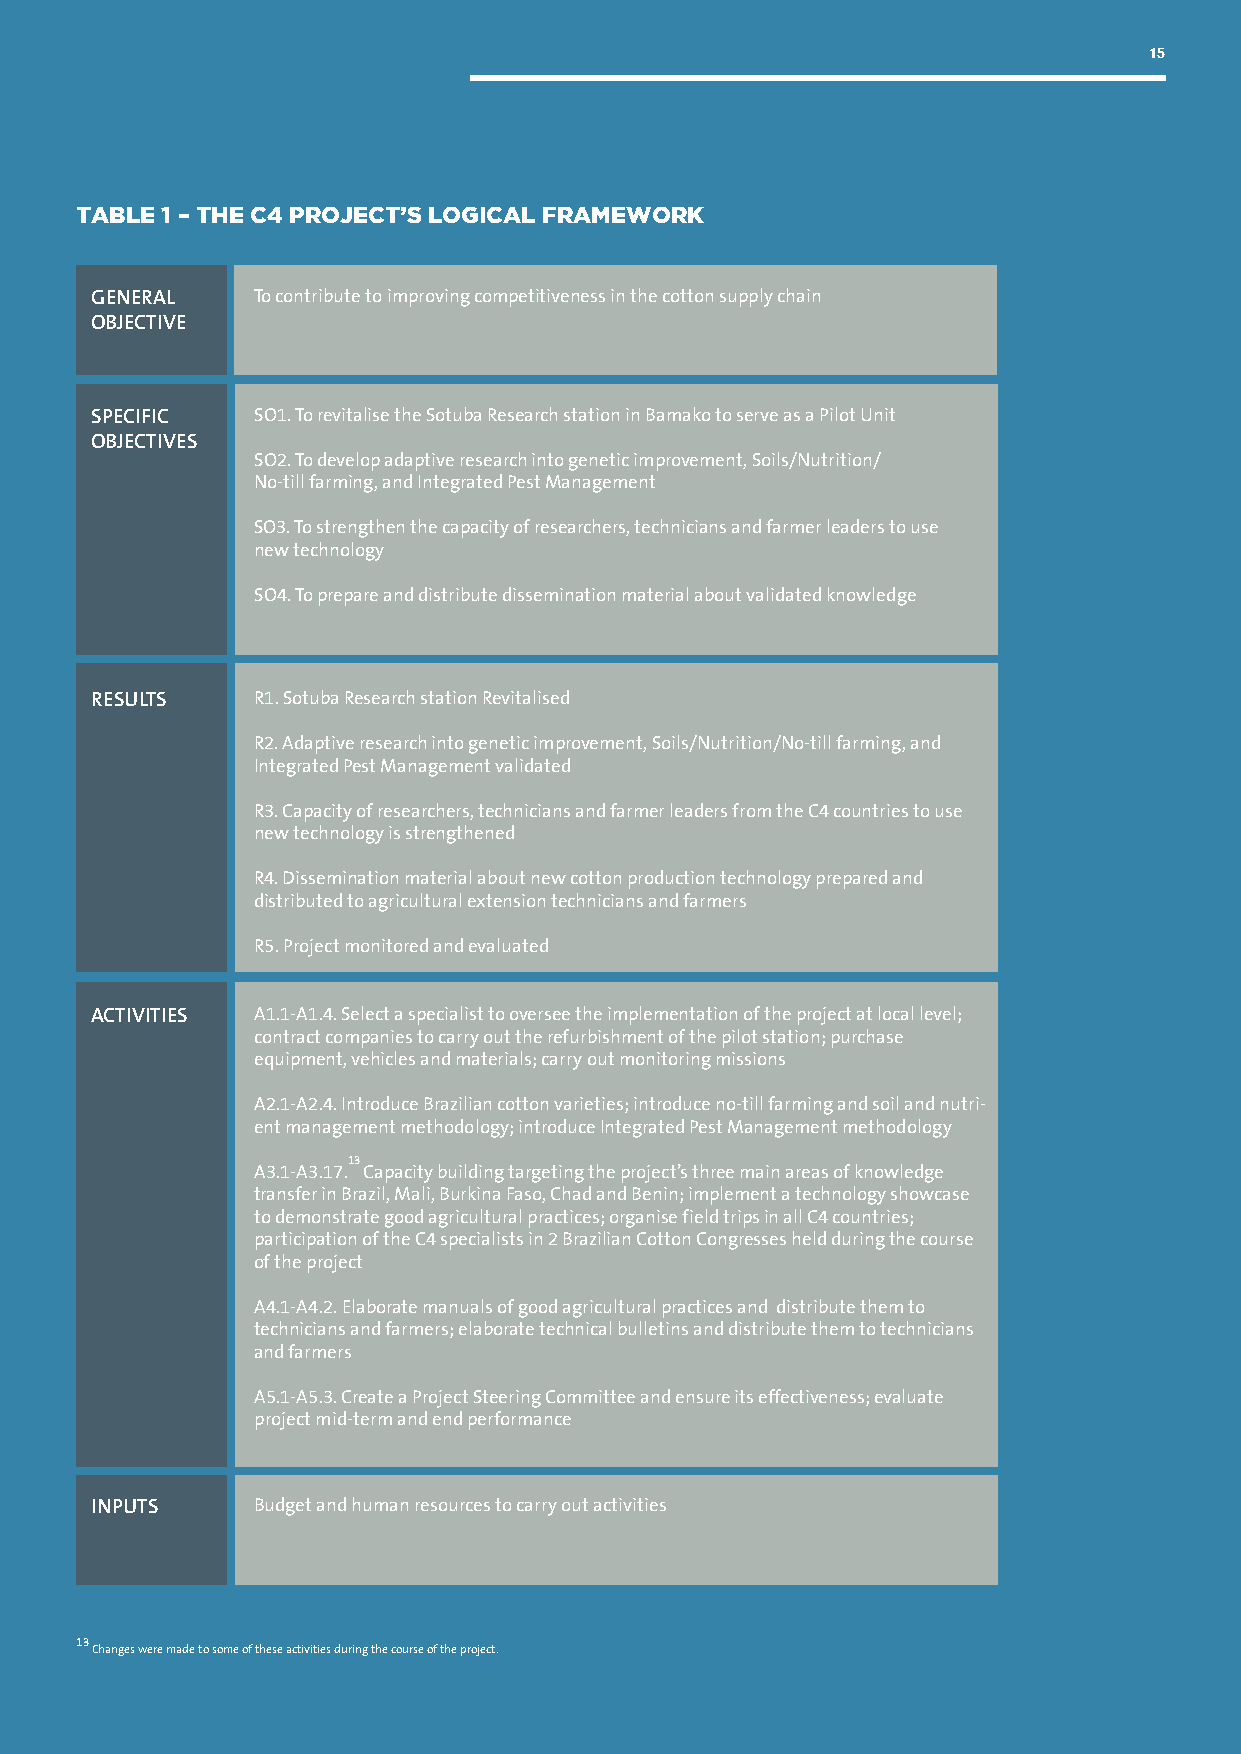
15
 TABLE 1 – THE C4 PROJECT’S LOGICAL FRAMEWORK
 GENERAL    To contribute to improving competitiveness in the cotton supply chain
 OBJECTIVE
 SPECIFIC   SO1. To revitalise the Sotuba Research station in Bamako to serve as a Pilot Unit
 OBJECTIVES
 SO2. To develop adaptive research into genetic improvement, Soils/Nutrition/
 No-till farming, and Integrated Pest Management
 SO3. To strengthen the capacity of researchers, technicians and farmer leaders to use
 new technology
 SO4. To prepare and distribute dissemination material about validated knowledge
 RESULTS    R1. Sotuba Research station Revitalised
 R2. Adaptive research into genetic improvement, Soils/Nutrition/No-till farming, and
 Integrated Pest Management validated
 R3. Capacity of researchers, technicians and farmer leaders from the C4 countries to use
 new technology is strengthened
 R4. Dissemination material about new cotton production technology prepared and
 distributed to agricultural extension technicians and farmers
 R5. Project monitored and evaluated
 ACTIVITIES A1.1-A1.4. Select a specialist to oversee the implementation of the project at local level;
 contract companies to carry out the refurbishment of the pilot station; purchase
 equipment, vehicles and materials; carry out monitoring missions
 A2.1-A2.4. Introduce Brazilian cotton varieties; introduce no-till farming and soil and nutri-
 ent management methodology; introduce Integrated Pest Management methodology
 13
 A3.1-A3.17. Capacity building targeting the project’s three main areas of knowledge
 transfer in Brazil, Mali, Burkina Faso, Chad and Benin; implement a technology showcase
 to demonstrate good agricultural practices; organise field trips in all C4 countries;
 participation of the C4 specialists in 2 Brazilian Cotton Congresses held during the course
 of the project
 A4.1-A4.2. Elaborate manuals of good agricultural practices and distribute them to
 technicians and farmers; elaborate technical bulletins and distribute them to technicians
 and farmers
 A5.1-A5.3. Create a Project Steering Committee and ensure its effectiveness; evaluate
 project mid-term and end performance
 INPUTS     Budget and human resources to carry out activities
 13
 Changes were made to some of these activities during the course of the project.